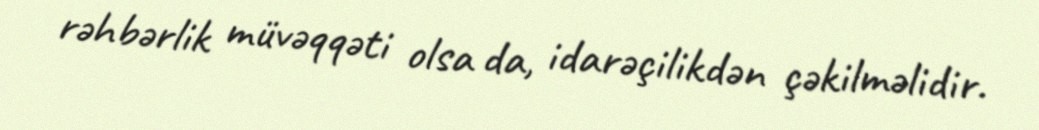
rəhbərlik müvəqqəti olsa da, idarəçilikdən çəkilməlidir.